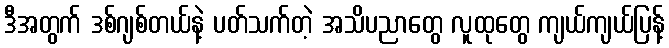
ဒီအတွက် ဒစ်ဂျစ်တယ်နဲ့ ပတ်သက်တဲ့ အသိပညာတွေ လူထုတွေ ကျယ်ကျယ်ပြန့်